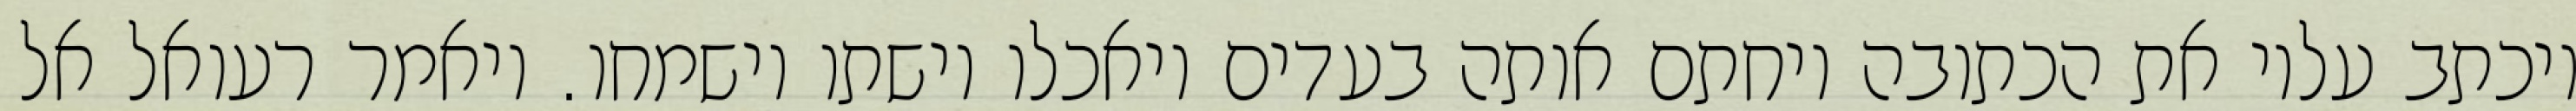
ויכתב עליו את הכתובה ויחתם אותה בעדים ויאכלו וישתו וישמחו. ויאמר רעואל אל